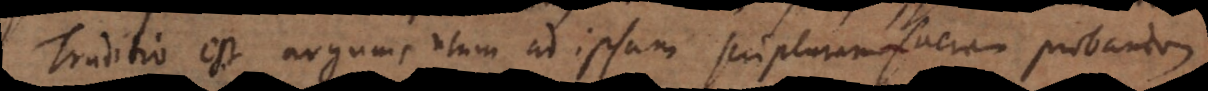
aditio est argumentum ad ipsam scripturam sacram probandam